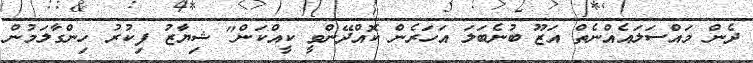
ދެން މައްސަލައެއްނެތް އަޒޫ ބުނެބަލަ އަހަރެން ކޮއްދޭންވީ ކީއްކަން" ޝިޔާޒު ފިކުރު ހިންގާލަމުން